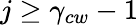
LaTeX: j\geq\gamma_{cw}-1